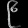
Digit: ၉